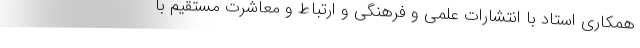
همکاری استاد با انتشارات علمی و فرهنگی و ارتباط و معاشرت مستقیم با